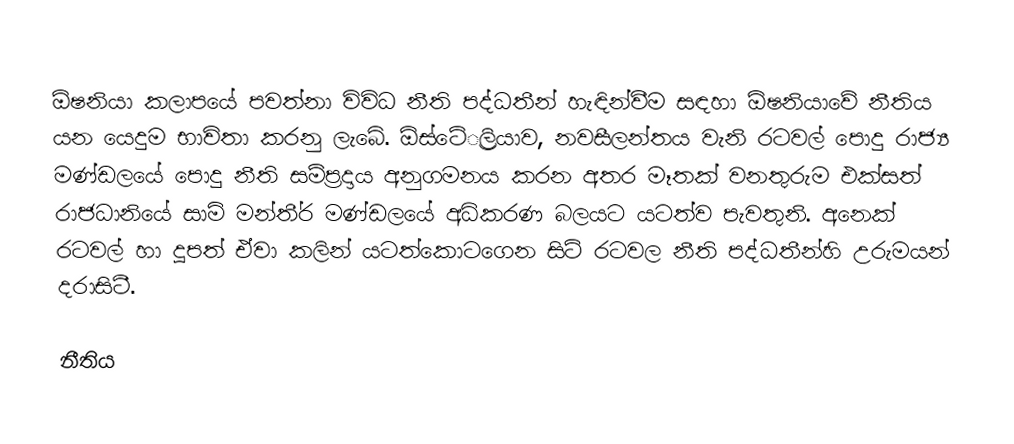
ඕෂනියා කලාපයේ පවත්නා විවිධ නීති පද්ධතීන් හැඳින්වීම සඳහා  ඕෂනියාවේ නීතිය යන යෙදුම භාවිතා කරනු ලැබේ.  ඕස්ටේ‍්‍රලියාව, නවසීලන්තය වැනි රටවල් පොදු රාජ්‍ය මණ්ඩලයේ පොදු නීති සම්ප‍්‍රදාය අනුගමනය කරන අතර මෑතක් වනතුරුම එක්සත් රාජධානියේ සාමි මන්තී‍්‍ර මණ්ඩලයේ අධිකරණ බලයට යටත්ව පැවතුනි. අනෙක් රටවල් හා දූපත් ඒවා කලින් යටත්කොටගෙන සිටි රටවල නීති පද්ධතීන්හි උරුමයන් දරාසිටී.

 නීතිය